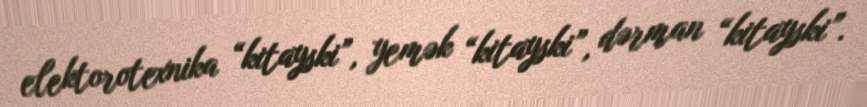
elektorotexnika “kitayski”, yemək “kitayski”, dərman “kitayski”.